Civil Veterinary Dept. Bombay admin report 1907-1913 - 1907-1913
Year: 1907
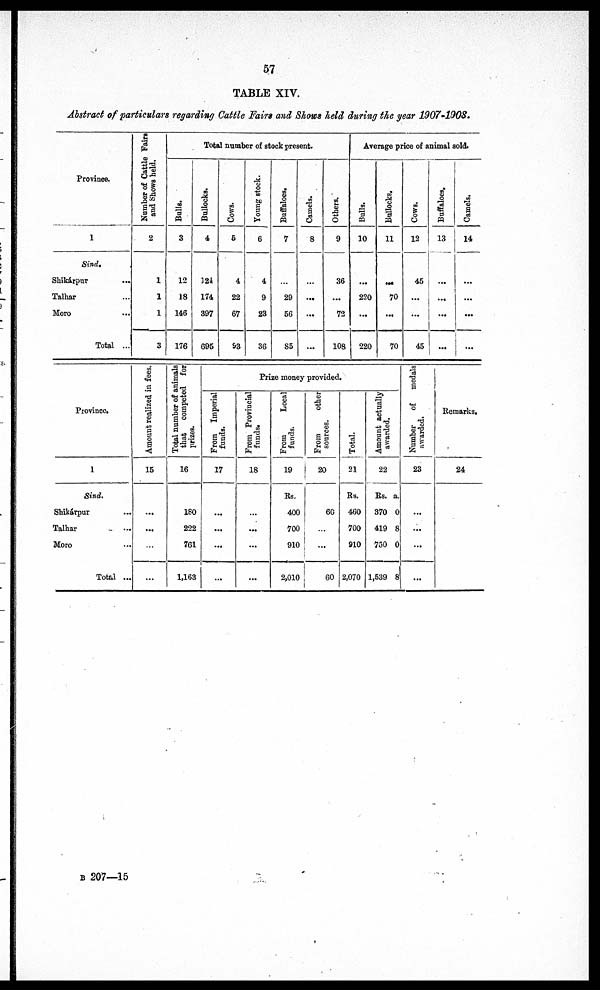
57
TABLE XIV.
Abstract of particulars regarding Cattle Fairs and Shows held during the year 1907-1908.
Province.
1
Sind.
Shikárpur ...
Talhar ...
Moro ...
Total ...
Number of Cattle Fairs
and Shows held.
2
1
1
1
3
Total number of stock present.
Bulls.
3
12
18
146
176
Bullocks.
4
124
174
397
695
Cows.
5
4
22
67
93
Young stock.
6
4
9
23
36
Buffaloes.
7
...
29
56
S5
Camels.
8
...
...
...
...
Others.
9
36
...
72
108
Average price of animal sold.
Bulls.
10
...
220
...
220
Bullocks.
11
...
70
...
70
Cows.
12
45
...
...
45
Buffaloes,
13
...
...
...
...
Camels.
14
...
...
...
...
Province.
1
Sind.
Shikárpur ...
Talhar ...
Moro ...
Total ...
Amount realized in fees.
15
...
...
...
...
Total number of animals
that
competed for
prizes.
16
180
222
761
1,163
Pr i
ze money pr ovi ded.
From Imperial
funds.
17
...
...
...
...
From Provincial
funds.
18
...
...
...
...
From
Local
funds.
19
Rs.
400
700
910
2,010
From
other
sources.
20
60
...
...
60
Total.
21
Rs.
460
700
910
2,070
Amount actually
awarded.
22
Rs. a.
370 0
419 8
750 0
1,539 8
Number
of
medals
awarded.
23
...
...
...
...
Remarks.
24
b 207—15